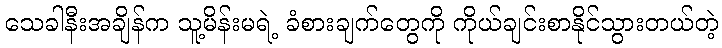
သေခါနီးအချိန်က သူ့မိန်းမရဲ့ ခံစားချက်တွေကို ကိုယ်ချင်းစာနိုင်သွားတယ်တဲ့